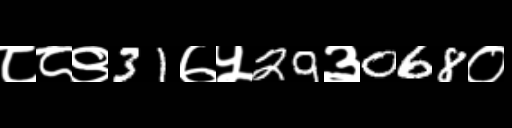
Text: ८८९31७५29३068०